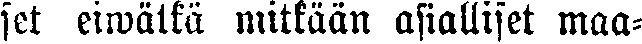
set eiwätkä mitkään asialliset maa-